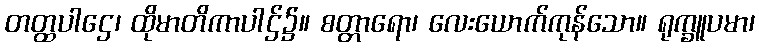
တတ္ထပါဌေ၊ ထိုမာတိကာပါဌ်၌။ စတ္တာရော၊ လေးယောက်ကုန်သော။ ရုက္ခူပမာ၊